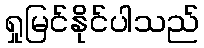
ရှုမြင်နိုင်ပါသည်